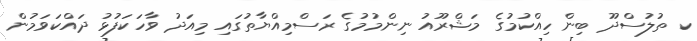
ކ ތުލުސްދޫ ބިން ހިއްކުމުގެ މަޝްރޫއު ނިންމުމުގެ ރަސްމިއްޔާތުގައި މިއަދު ވާހަކަފުޅު ދައްކަވަމުން